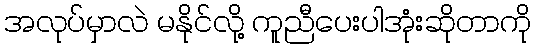
အလုပ်မှာလဲ မနိုင်လို့ ကူညီပေးပါအုံးဆိုတာကို